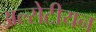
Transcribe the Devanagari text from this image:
अल्सेटीयन